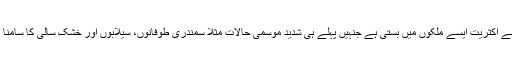
ان میں سے اکثریت ایسے ملکوں میں بستی ہے جنہیں پہلے ہی شدید موسمی حالات مثلاً سمندری طوفانوں، سیلابوں اور خشک سالی کا سامنا رہتا ہے۔